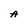
Character: A